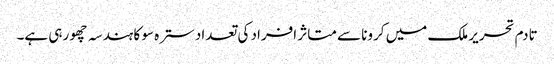
تادم تحریر ملک میں کرونا سے متاثر افراد کی تعداد سترہ سو کا ہندسہ چھو رہی ہے۔